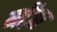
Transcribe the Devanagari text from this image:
मोंज़ा